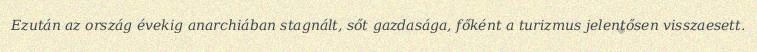
Ezután az ország évekig anarchiában stagnált, sőt gazdasága, főként a turizmus jelentősen visszaesett.